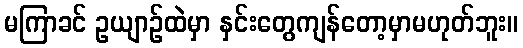
မကြာခင် ဥယျာဉ်ထဲမှာ နှင်းတွေကျန်တော့မှာမဟုတ်ဘူး။